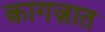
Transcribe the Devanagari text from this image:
क़ागज़ात